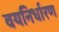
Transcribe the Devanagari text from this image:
वयनिर्धारण